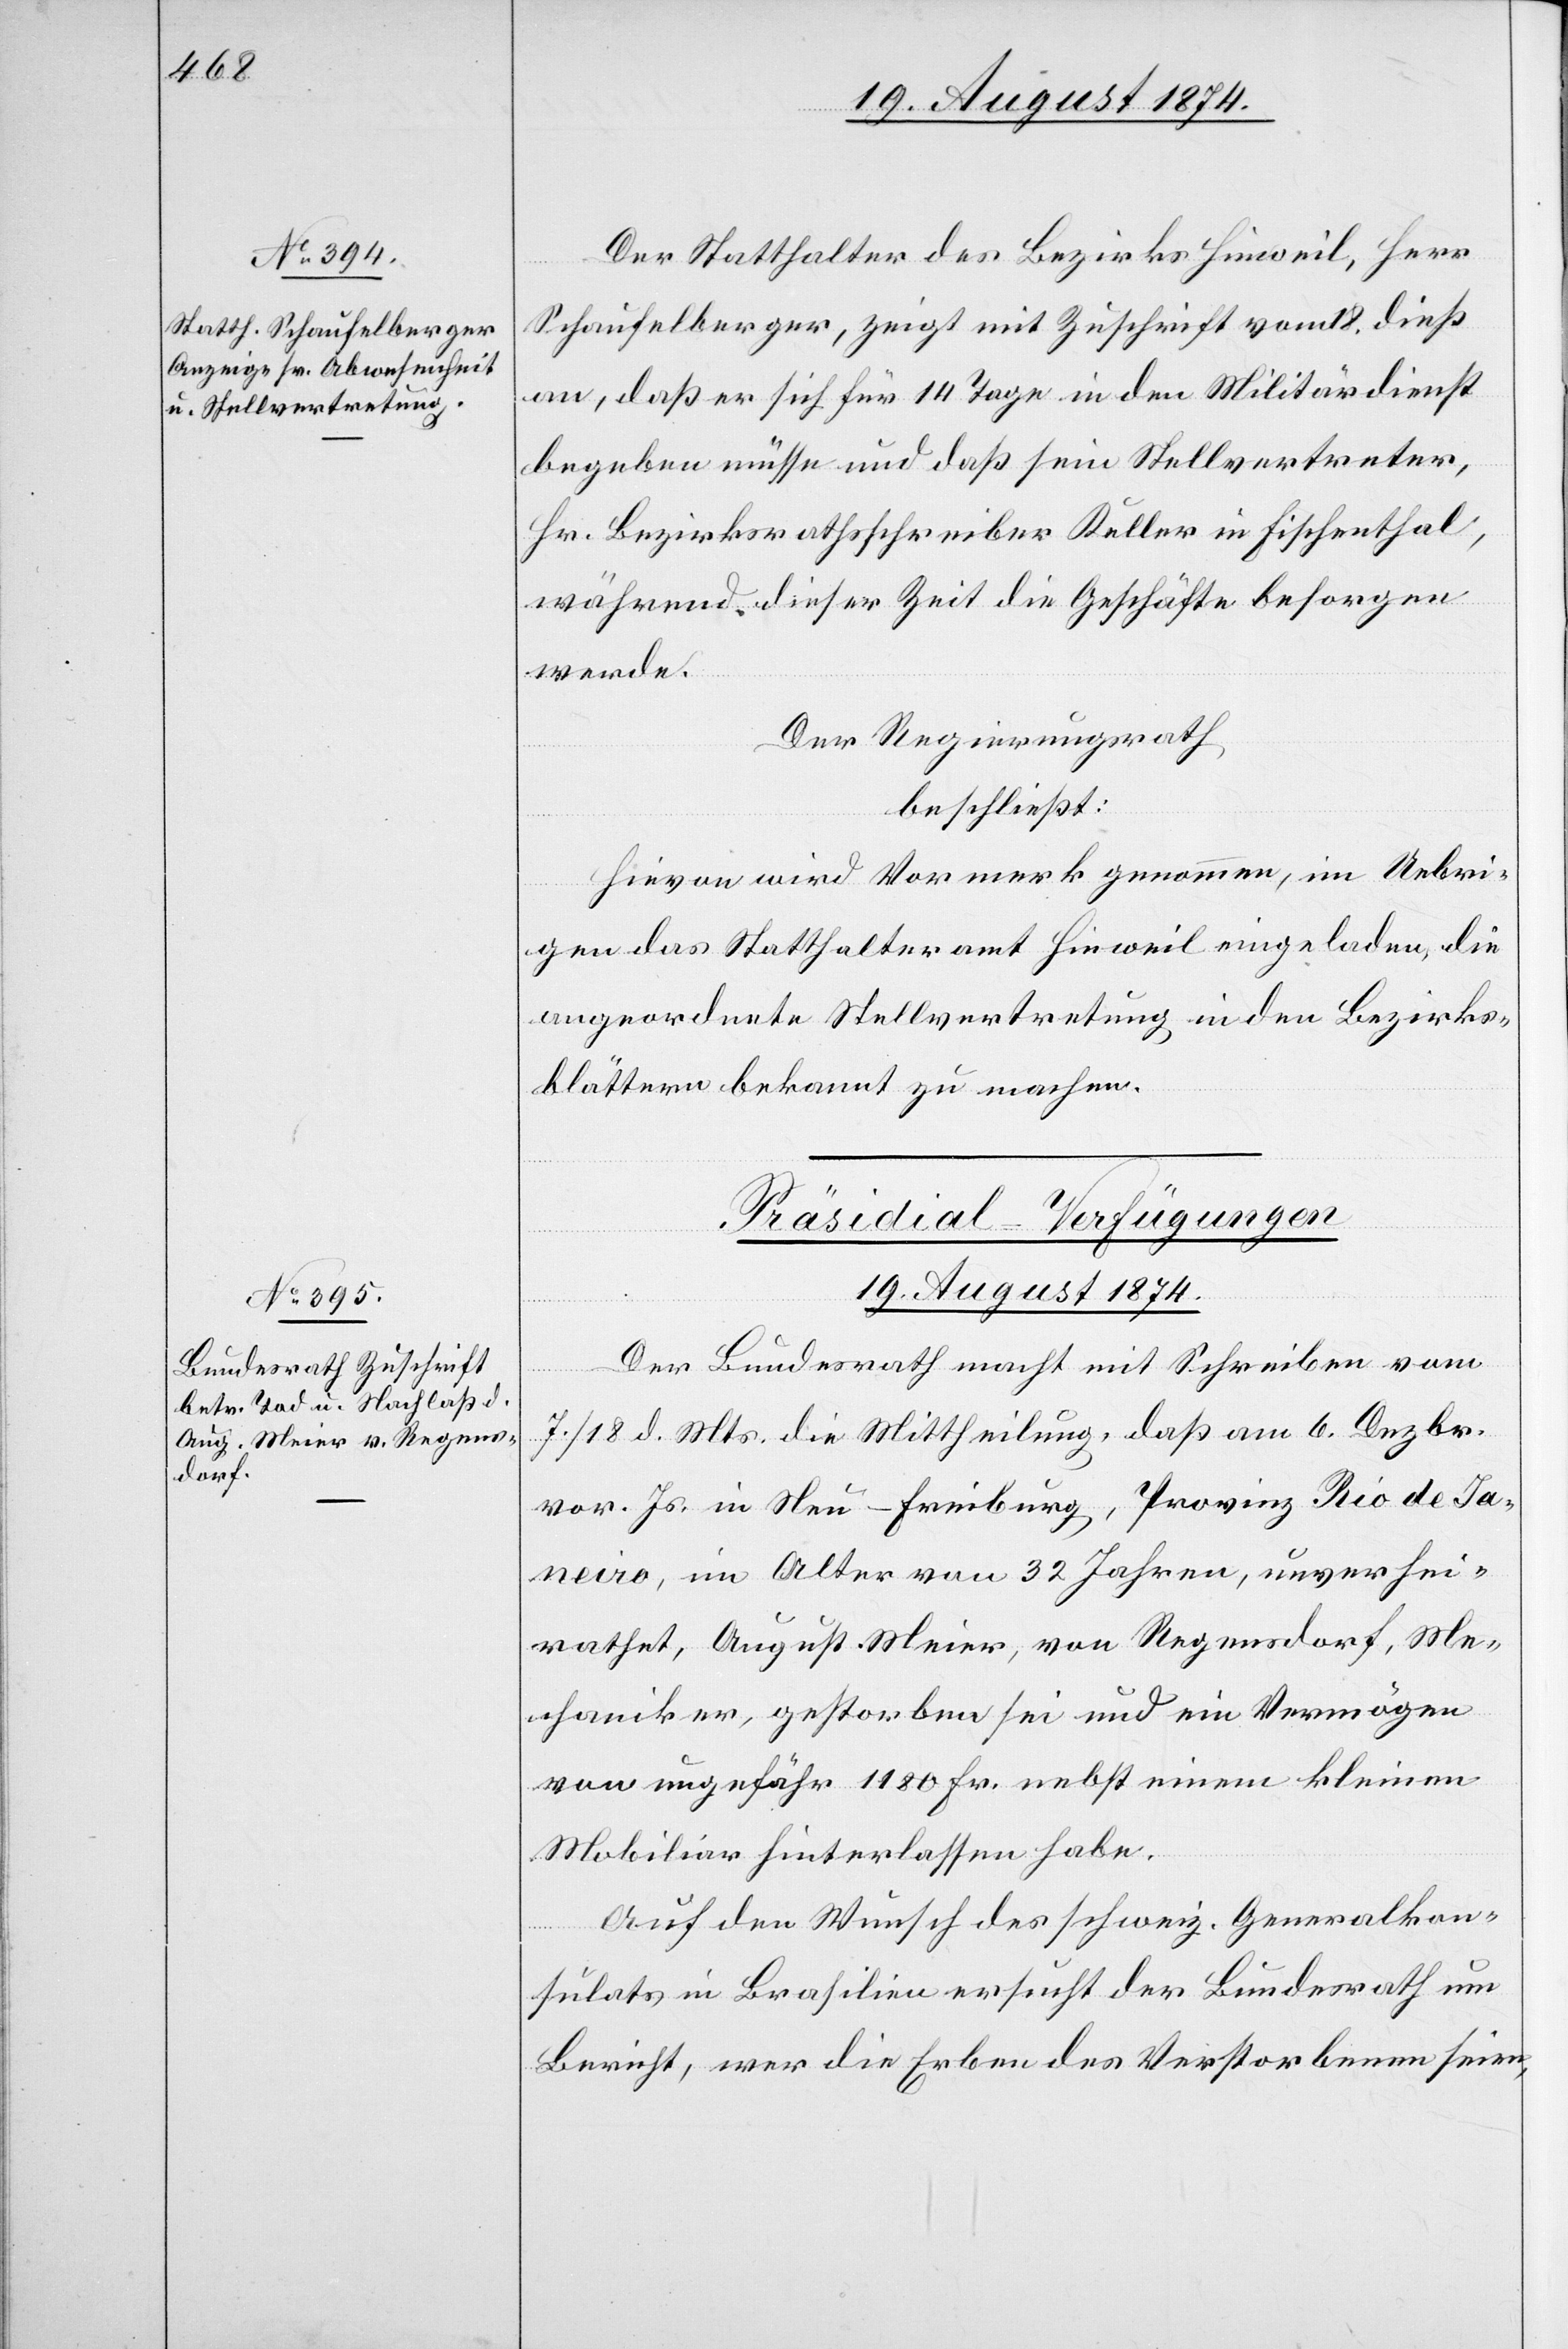
Der Statthalter des Bezirks Hinweil, Herr
Schaufelberger, zeigt mit Zuschrift vom 18. dieß
an, daß er sich für 14 Tage in den Militärdienst
begeben müsse und daß sein Stellvertreter,
Hr. Bezirksrathsschreiber Keller in Fischenthal,
während dieser Zeit die Geschäfte besorgen
werde.
Der Regierungsrath,
beschließt:
Hievon wird Vormerk am Protokoll genommen, im Uebri¬
gen das Statthalteramt Hinweil eingeladen, die
angeordnete Stellvertretung in den Bezirks¬
blättern bekannt zu machen.
Präsidial-Verfügungen.
19. August 1874.
Der Bundesrath macht mit Schreiben vom
7./18. d. Mts. die Mittheilung, daß am 6. Dezbr.
vor. Js. in Neu-Freiburg, Provinz Rio de Ja¬
neiro, im Alter von 32 Jahren, unverhei¬
rathet, August Meier, von Regensdorf, Me¬
chaniker, gestorben sei und ein Vermögen
von ungefähr 1180 Fr. nebst einem kleinen
Mobiliar hinterlassen habe.
Auf den Wunsch des schweiz. Generalkon¬
sulats in Brasilien ersucht der Bundesrath um
Bericht, wer die Erben des Verstobenen seien,